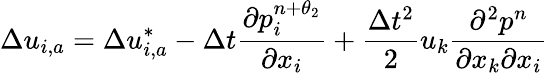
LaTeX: \Delta{{u}_{i,a}}=\Delta u_{i,a}^{*}-\Delta t\frac{\partial p_{i}^{n+{{\theta}_{2}}}}{\partial{{x}_{i}}}+\frac{\Delta{{t}^{2}}}{2}{{u}_{k}}\frac{{{\partial}^{2}}{{p}^{n}}}{\partial{{x}_{k}}\partial{{x}_{i}}}